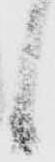
候